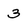
Character: 3